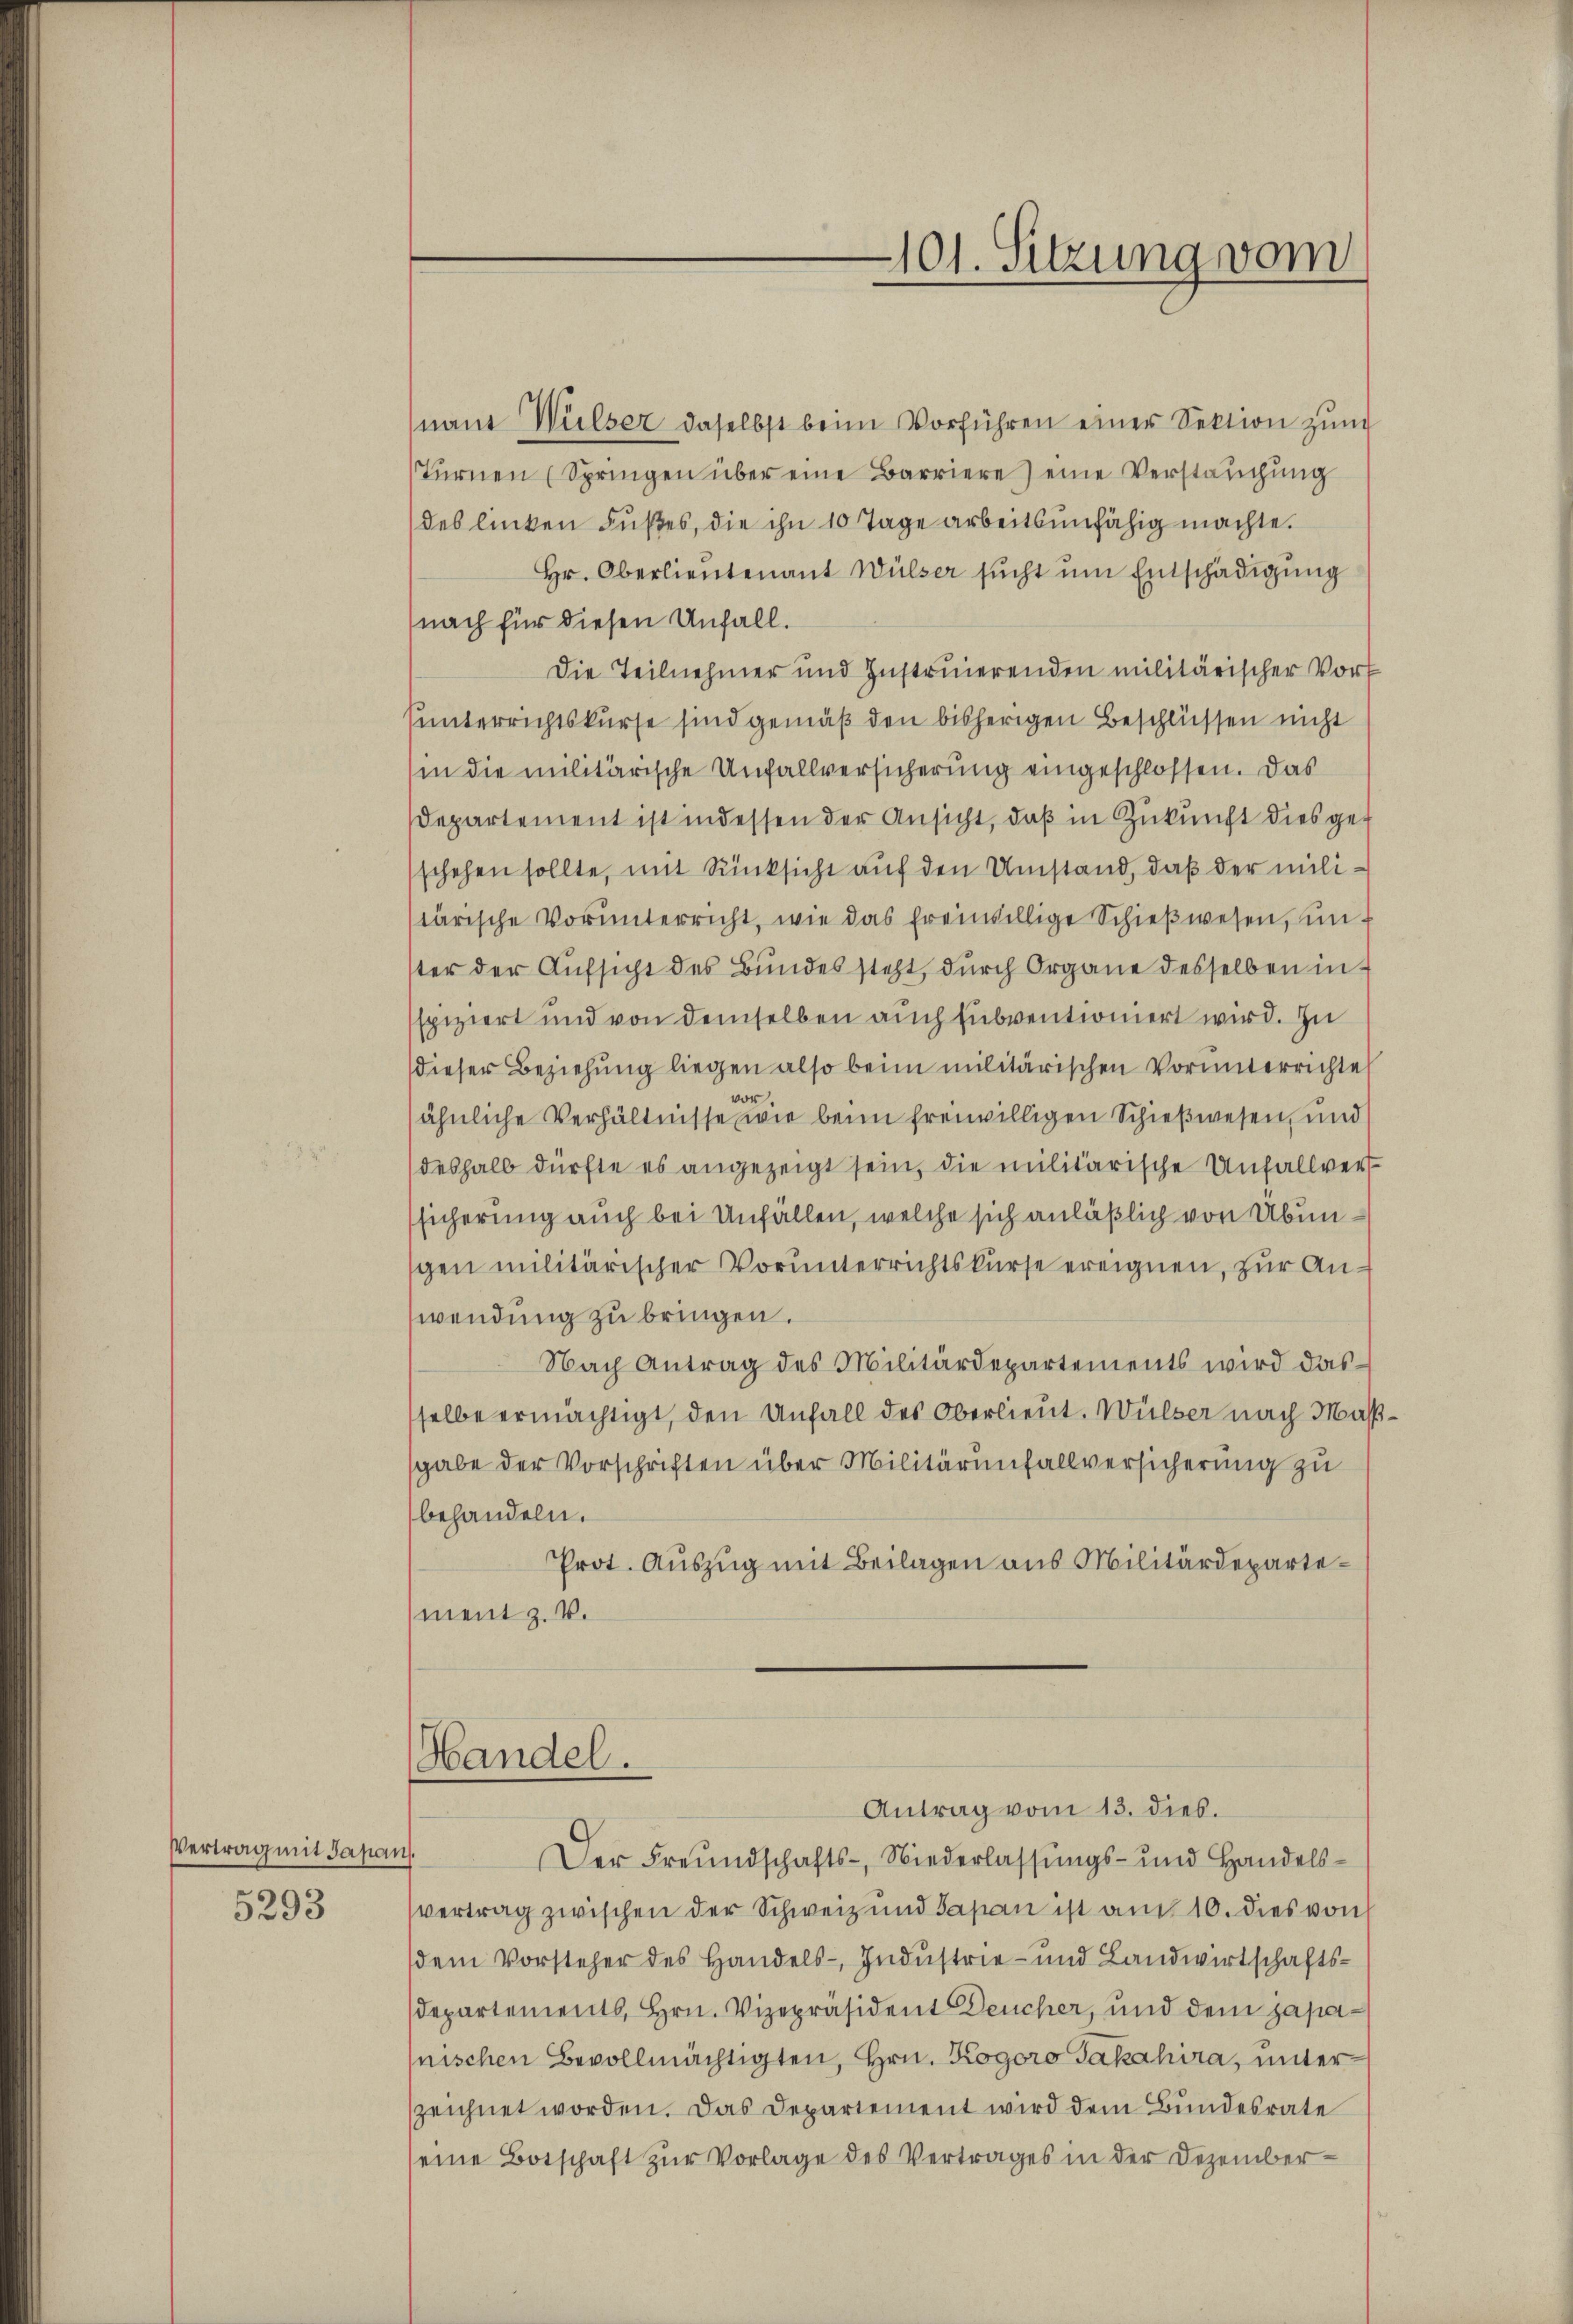
Vertrag mit Japans.
5293

101. Sitzung vom

namt Wulzer daselbst beim Vorführen einer Sektion zŭm
Tŭrnen (Springen über eine Barriere) eine Verstaŭchŭng
des linken Fŭβes, die ihn 10 Tage arbeitsunfähig machte.
Hr. Oberlieutenant Wülser sucht um Entschädigung
(nach für diesen Unfall.
Die Teilnehmer und Instruierenden militärischer Vort
sunterrichtskurse sind gemäß den bisherigen Beschlüssen nicht
in die militärische Unfallversicherung eingeschlossen. Das
Departement ist indessen der Ansicht, daß in Zukunft dies geschehen sollte, mit Rüksicht auf den Umstand, daß der milistärische Vorunterricht, wie das freiwillige Schieβwesen, un
ster der Aufsicht des Bundes steht, durch Organe desselben in
spiziert und von demselben auch subventioniert wird. Zu
dieser Beziehung liegen also beim militärischen Vorunterrichte
vor
ähnliche Verhältnisse wie beim freiwilligen Schießwesen, und
deshalb dürfte es angezeigt sein, die militärische Unfallversicherung auch bei Unfällen, welche sich anläßlich von Übungen militärischer Vorunterrichtskurse ereignen, zur Anwendung zu bringen.
Nach Antrag des Militärdepartements wird das
sselbe ermächtigt, den Unfall des Oberlieut. Wülser nach Maßsgabe der Vorschriften über Militärunfallversicherung zu
behandeln.
Prot. Auszug mit Beilagen aus Militärdepartement z. B.
Handel.

Antrag vom 13. dies.

Der Freundschafts-, Niederlassungs- und Handelsvertrag zwischen der Schweiz und Japan ist am 10. dies von
dem Vorsteher des Handels- Industrie- und Landwirtschaftsdepartements, Hrn. Vizepräsident Deucher, und dem japanischen Bevollmächtigten, Hrn. Kogoro Jakahira, unterzeichnet worden. Das Departement wird dem Bundesrate
seine Botschaft zŭr Vorlage des Vertrages in der Dezember-